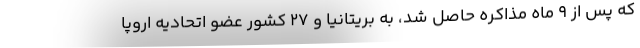
که پس از ۹ ماه مذاکره حاصل شد، به بریتانیا و ۲۷ کشور عضو اتحادیه اروپا